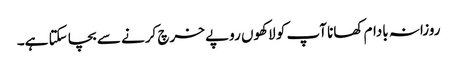
روزانہ بادام کھانا آپ کو لاکھوں روپے خرچ کرنے سے بچا سکتا ہے۔